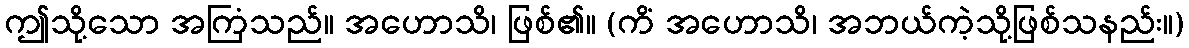
ဤသို့သော အကြံသည်။ အဟောသိ၊ ဖြစ်၏။ (ကိံ အဟောသိ၊ အဘယ်ကဲ့သို့ဖြစ်သနည်း။)